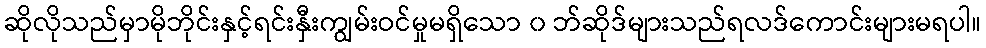
ဆိုလိုသည်မှာမိုဘိုင်းနှင့်ရင်းနှီးကျွမ်းဝင်မှုမရှိသော ၀ ဘ်ဆိုဒ်များသည်ရလဒ်ကောင်းများမရပါ။